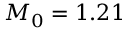
M _ { 0 } = 1 . 2 1